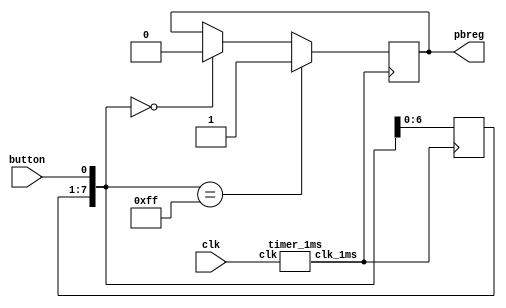
//
module pbdebounce
(input wire clk,
input wire button,
output reg pbreg);

	reg [7:0] pbshift;
	wire clk_1ms;
	timer_1ms m0(clk, clk_1ms);
	always@(posedge clk_1ms) 
		begin
			pbshift=pbshift<<1;
			pbshift[0]=button;
			if (pbshift==0)
				pbreg=0;
			if (pbshift==8'hFF)
				pbreg=1;
		end
endmodule

module timer_1ms
(input wire clk,
output reg clk_1ms);

	reg [15:0] cnt;
	initial begin
		cnt [15:0] <=0;
		clk_1ms <= 0;
	end
	always@(posedge clk)
		if(cnt>=25000) 
			begin
				cnt<=0;
				clk_1ms <= ~clk_1ms;
			end
		else 
			begin
				cnt<=cnt+1;
	end
endmodule